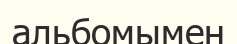
альбомымен